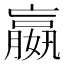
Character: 嬴